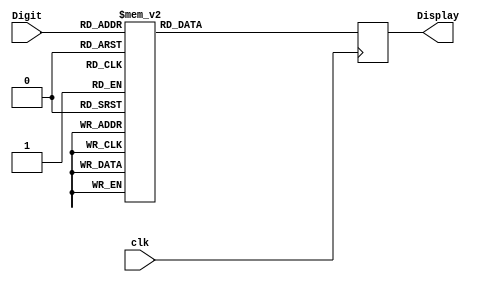
module DisplayDigit (
	clk, Digit,
	Display
    );
    input clk;
    input [3:0] Digit;
    output reg [7:0] Display;
    always @ (posedge clk) begin
        case (Digit)
            4'h0: Display = 8'b11000000;
            4'h1: Display = 8'b11111001;
            4'h2: Display = 8'b10100100;
            4'h3: Display = 8'b10110000;
            4'h4: Display = 8'b10011001;
            4'h5: Display = 8'b10010010;
            4'h6: Display = 8'b10000010;
            4'h7: Display = 8'b11111000;
            4'h8: Display = 8'b10000000;
            4'h9: Display = 8'b10010000;
            default: Display = 8'b11111111;
        endcase
    end
endmodule